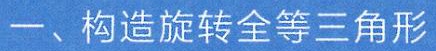
一、构造旋转全等三角形